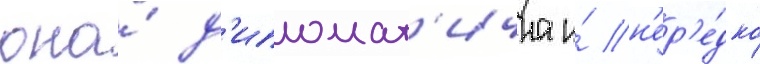
она́ д'ипломат'ична и́ н'ер'е́дко